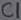
Text: C1